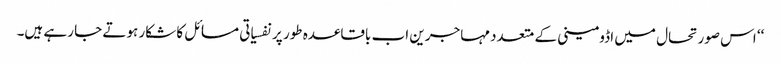
‘‘ اس صورتحال میں اڈومینی کے متعدد مہاجرین اب باقاعدہ طور پر نفسیاتی مسائل کا شکار ہوتے جا رہے ہیں۔